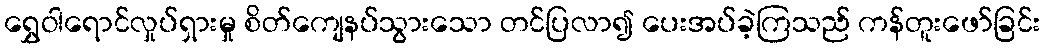
ရွှေဝါရောင်လှုပ်ရှားမှု စိတ်ကျေနပ်သွားသော တင်ပြလာ၍ ပေးအပ်ခဲ့ကြသည် ကန်တူးဖော်ခြင်း